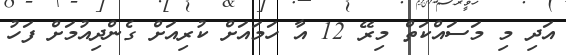
އަދި މި މަސައްކަތް މިރޭ 12 އާ ހަމައަށް ކުރިއަށް ގެންދިއުމަށް ފަހު